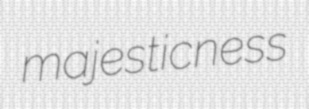
majesticness